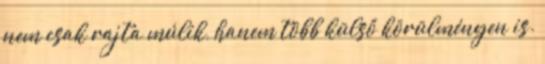
nem csak rajta múlik, hanem több külső körülményen is.